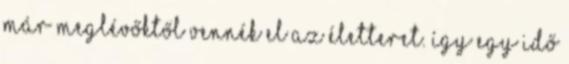
már meglévőktől vennék el az életteret. Így egy idő